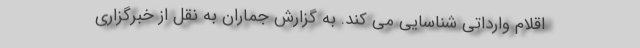
اقلام وارداتی شناسایی می کند. به گزارش جماران به نقل از خبرگزاری